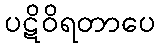
ပဋိဝိရတာပေ